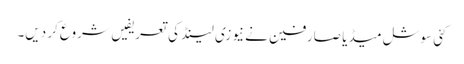
کئی سوشل میڈیا صارفین نے نیوزی لینڈ کی تعریفیں شروع کر دیں۔